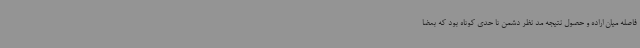
فاصله میان اراده و حصول نتیجه مد نظر دشمن تا حدی کوتاه بود که بعضاً